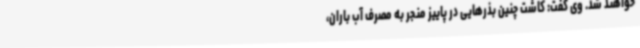
خواهند شد. وی گفت: کاشت چنین بذرهایی در پاییز منجر به مصرف آب باران،